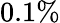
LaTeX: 0.1\%